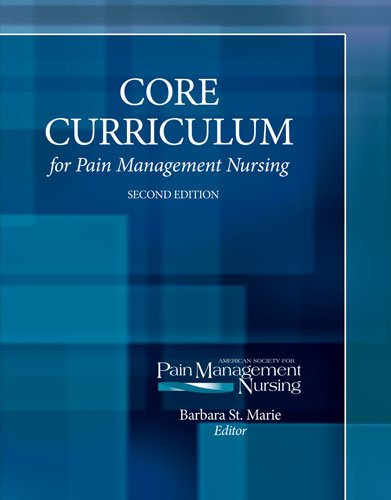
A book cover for CORE CURRICULUM FOR PAIN MANAGEMENT NURSING; AMERICAN SOCIETY FOR PAIN MANAGEMENT NURSING; Medical Books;